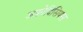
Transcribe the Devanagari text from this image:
अफ्रोदिसियस